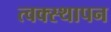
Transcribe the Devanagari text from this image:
त्वक्स्थापन